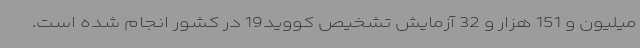
میلیون و 151 هزار و 32 آزمایش تشخیص کووید19 در کشور انجام شده است.